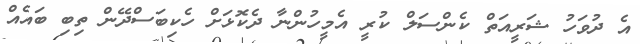
އެ ދުވަހު ޝަރީއަތް ކެންސަލް ކުރީ އެމީހުންނާ ދެކޮޅަށް ހެކިބަސްދޭން ތިބި ބައެއް